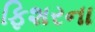
ફિશરના